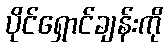
ပိုင်ရှောင်ချန်းကို